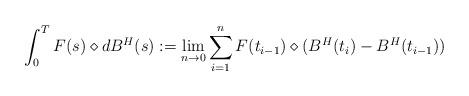
LaTeX: \begin{align*}\int_0^T F(s) \diamond d B^{H}(s):= \lim_{n \rightarrow 0} \sum_{i=1}^{n} F(t_{i-1}) \diamond (B^{H}(t_{i})-B^{H}(t_{i-1}))\end{align*}